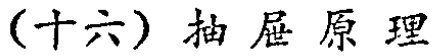
(十六) 抽屉原理